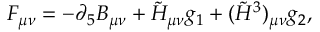
F _ { \mu \nu } = - \partial _ { 5 } B _ { \mu \nu } + \tilde { H } _ { \mu \nu } g _ { 1 } + ( \tilde { H } ^ { 3 } ) _ { \mu \nu } g _ { 2 } ,